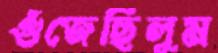
গুঁজেছিলুম